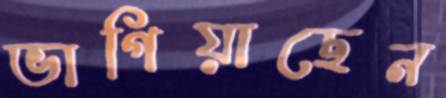
ভাগিয়াছেন